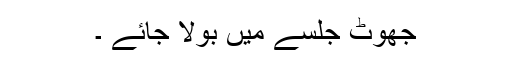
جھوٹ جلسے میں بولا جائے ۔